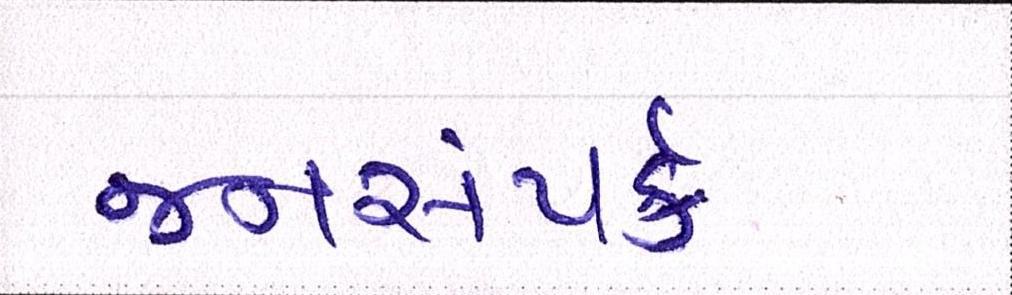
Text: જનસંપર્ક